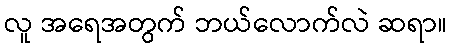
လူ အရေအတွက် ဘယ်လောက်လဲ ဆရာ။